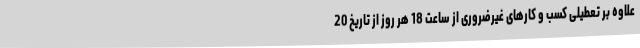
علاوه بر تعطیلی کسب و کارهای غیرضروری از ساعت 18 هر روز از تاریخ 20